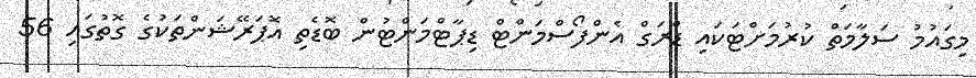
މިގައުމު ސަލާމަތް ކުރުމަށްޓަކައި ޑްރަގް އެންފޯސްމަންޓް ޑިޕާޓްމަންޓުން ބޮޑެތި އޮޕަރޭޝަންތަކުގެ ގޮތުގައި 56